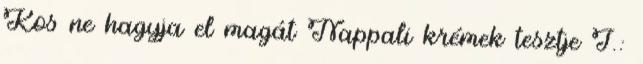
Kos ne hagyja el magát Nappali krémek tesztje I.: